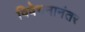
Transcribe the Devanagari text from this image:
विवेचनानंतर